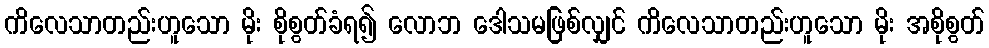
ကိလေသာတည်းဟူသော မိုး စိုစွတ်ခံရ၍ လောဘ ဒေါသမဖြစ်လျှင် ကိလေသာတည်းဟူသော မိုး အစိုစွတ်